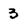
Character: 3